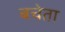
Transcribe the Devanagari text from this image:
बचेता